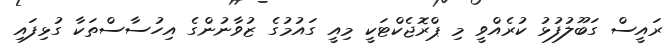
ރައީސް ގަބޫލުފުޅު ކުރެއްވީ މި ޕްރޮޖެކްޓަކީ މިއީ ގައުމުގެ ޒުވާނުންގެ އިހުސާސްތަކާ ގުޅިފައި